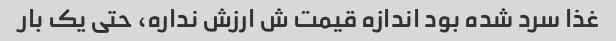
غذا سرد شده بود اندازه قیمت ش ارزش نداره، حتی یک بار